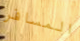
المسافر